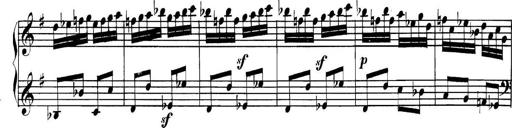
Title: Collected Piano Sonatas
Composer: Muzio Clementi